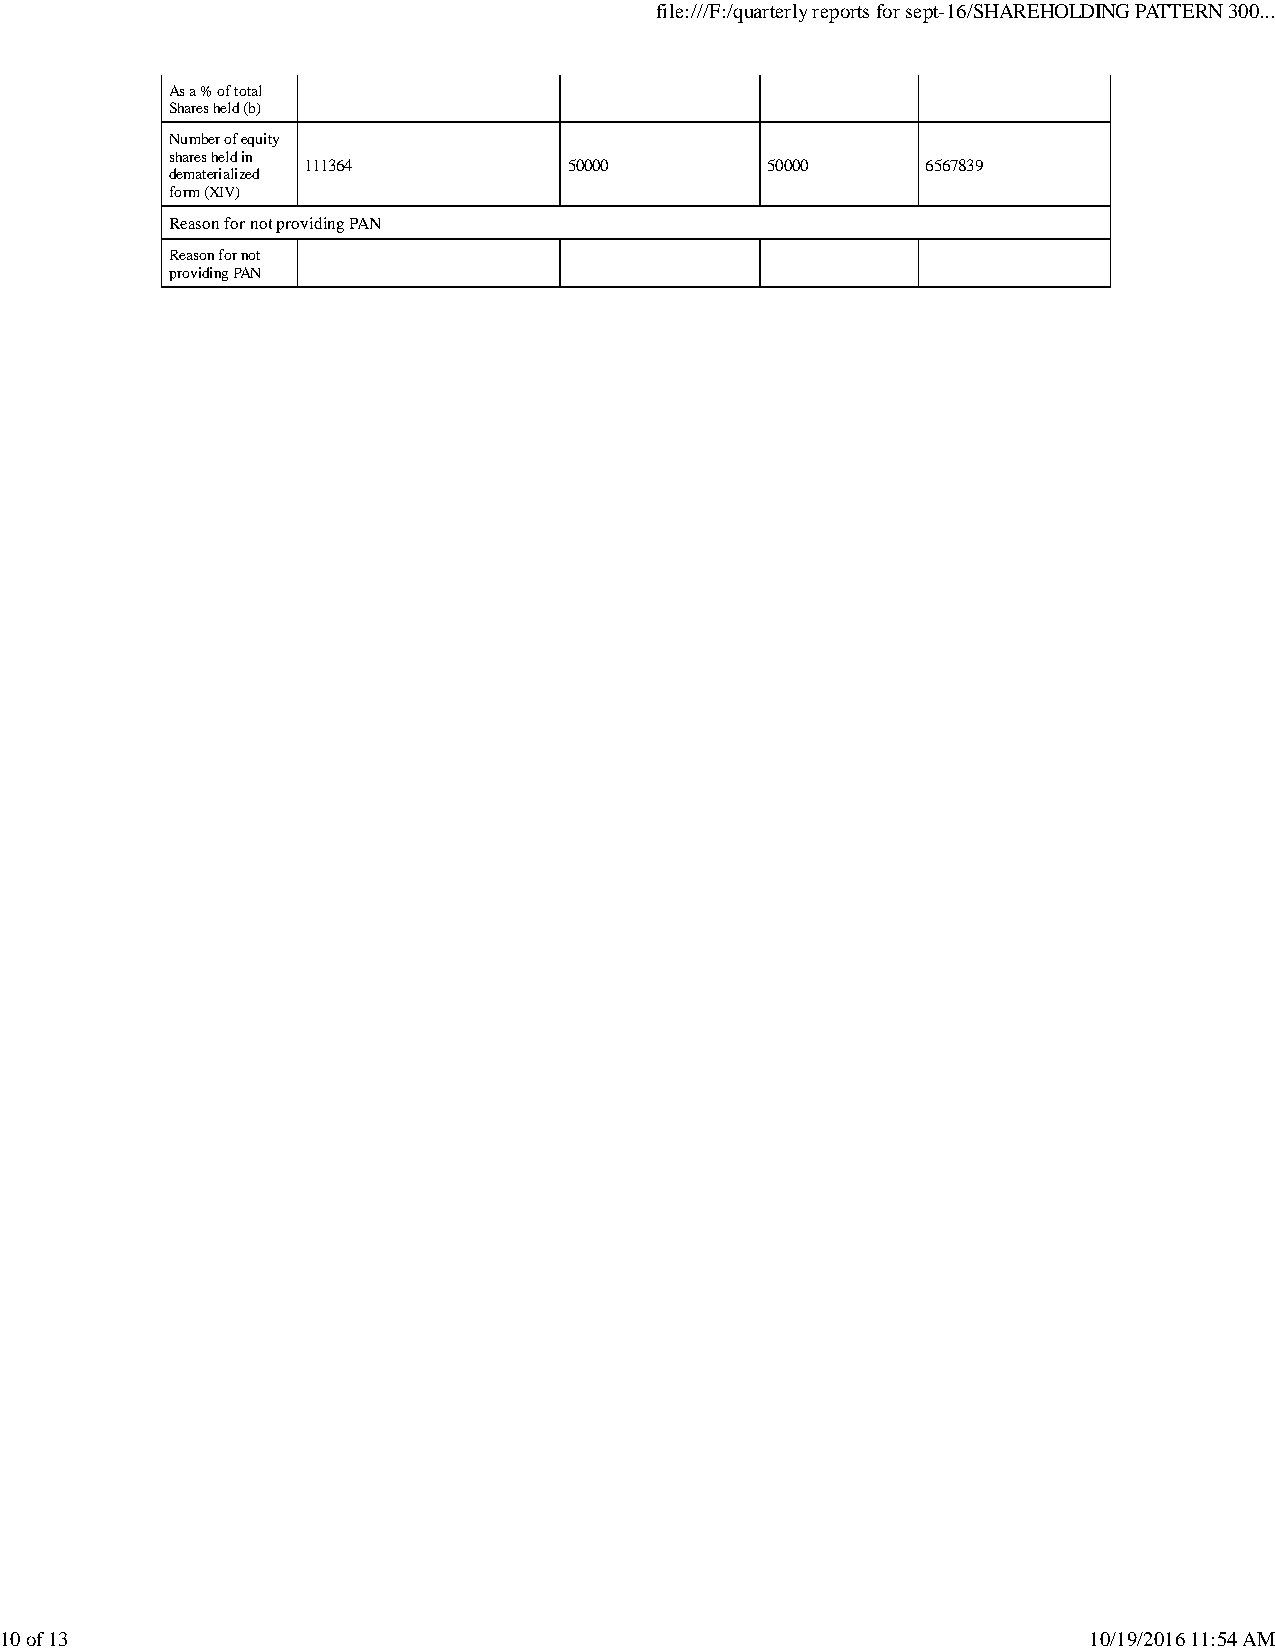
file:///F:/quarterly reports for sept-16/SHAREHOLDING PATTERN 300...
 As a % of total
 Shares held (b)
 Number of equity
 shares held in
 111364            50000        50000     6567839
 dematerialized
 form (XIV)
 Reason for not providing PAN
 Reason for not
 providing PAN
 10 of 13                                                                10/19/2016 11:54 AM